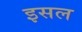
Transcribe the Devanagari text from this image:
इसल